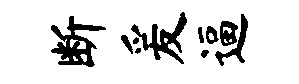
断爰逼